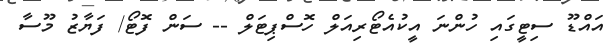
އައްޑޫ ސިޓީގައި ހުންނަ އީކުއެޓޯރިއަލް ހޮސްޕިޓަލް -- ސަން ފޮޓޯ/ ފަޔާޒު މޫސާ